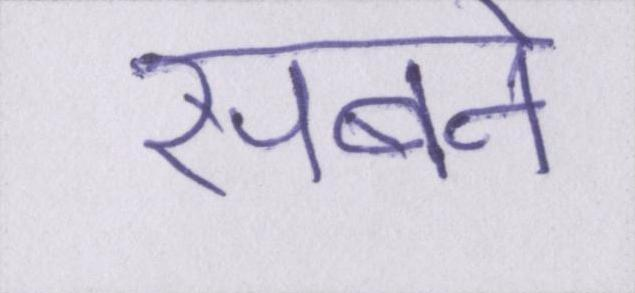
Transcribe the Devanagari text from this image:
सबने